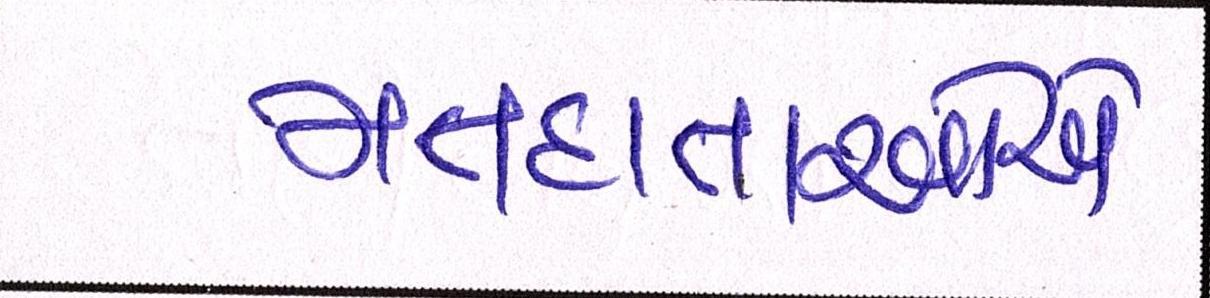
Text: મતદાતાઓએ